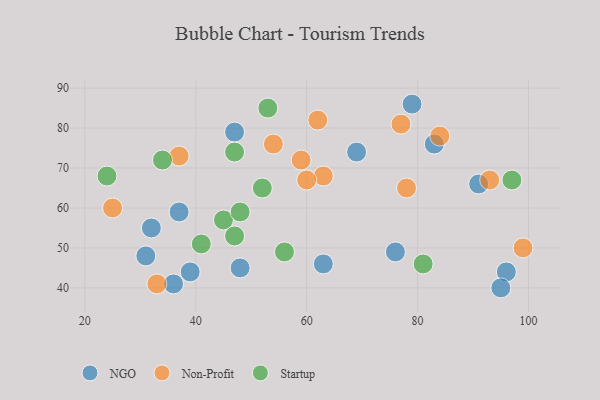
{"axis": {"x": "GDP", "y": "Life Expectancy"}, "legend": ["NGO", "Non-Profit", "Startup"], "data": [{"x": "76", "y": 49, "type": "NGO"}, {"x": "79", "y": 86, "type": "NGO"}, {"x": "83", "y": 76, "type": "NGO"}, {"x": "37", "y": 59, "type": "NGO"}, {"x": "96", "y": 44, "type": "NGO"}, {"x": "31", "y": 48, "type": "NGO"}, {"x": "36", "y": 41, "type": "NGO"}, {"x": "47", "y": 79, "type": "NGO"}, {"x": "95", "y": 40, "type": "NGO"}, {"x": "91", "y": 66, "type": "NGO"}, {"x": "39", "y": 44, "type": "NGO"}, {"x": "48", "y": 45, "type": "NGO"}, {"x": "63", "y": 46, "type": "NGO"}, {"x": "69", "y": 74, "type": "NGO"}, {"x": "32", "y": 55, "type": "NGO"}, {"x": "37", "y": 73, "type": "Non-Profit"}, {"x": "78", "y": 65, "type": "Non-Profit"}, {"x": "25", "y": 60, "type": "Non-Profit"}, {"x": "63", "y": 68, "type": "Non-Profit"}, {"x": "84", "y": 78, "type": "Non-Profit"}, {"x": "93", "y": 67, "type": "Non-Profit"}, {"x": "99", "y": 50, "type": "Non-Profit"}, {"x": "33", "y": 41, "type": "Non-Profit"}, {"x": "54", "y": 76, "type": "Non-Profit"}, {"x": "60", "y": 67, "type": "Non-Profit"}, {"x": "59", "y": 72, "type": "Non-Profit"}, {"x": "62", "y": 82, "type": "Non-Profit"}, {"x": "77", "y": 81, "type": "Non-Profit"}, {"x": "45", "y": 57, "type": "Startup"}, {"x": "97", "y": 67, "type": "Startup"}, {"x": "56", "y": 49, "type": "Startup"}, {"x": "47", "y": 74, "type": "Startup"}, {"x": "47", "y": 53, "type": "Startup"}, {"x": "41", "y": 51, "type": "Startup"}, {"x": "48", "y": 59, "type": "Startup"}, {"x": "52", "y": 65, "type": "Startup"}, {"x": "24", "y": 68, "type": "Startup"}, {"x": "81", "y": 46, "type": "Startup"}, {"x": "34", "y": 72, "type": "Startup"}, {"x": "53", "y": 85, "type": "Startup"}]}